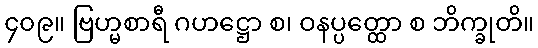
၄၀၉။ ဗြဟ္မစာရီ ဂဟဋ္ဌော စ၊ ဝနပ္ပတ္ထော စ ဘိက္ခုတိ။